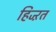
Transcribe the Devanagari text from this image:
हिज्ऱत